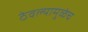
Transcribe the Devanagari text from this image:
ठेवल्यामुळेच